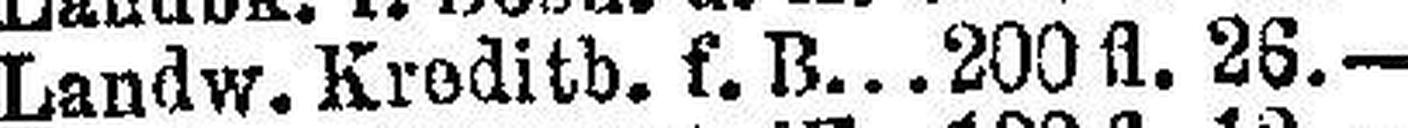
Landw. Kreditb. f. B. 200 fl. 26.—